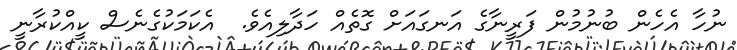
ނުހާ އެހެން ބުނުމުން ފަރީނާގެ އަނގައަށް ގޮތެއް ހަދާލިއެވެ.  އެކަމަކުގެނެސް ކީއްކުރާނީ